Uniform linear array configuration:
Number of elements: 16
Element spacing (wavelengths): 0.25
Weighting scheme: exponential
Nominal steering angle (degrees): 30
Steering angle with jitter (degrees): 31.057
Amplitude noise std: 0.05
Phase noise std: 0.05

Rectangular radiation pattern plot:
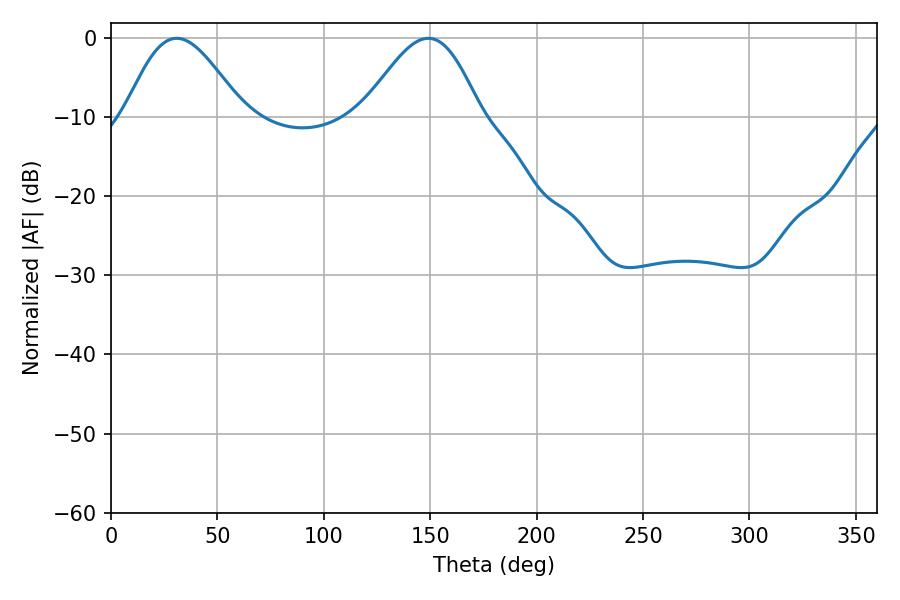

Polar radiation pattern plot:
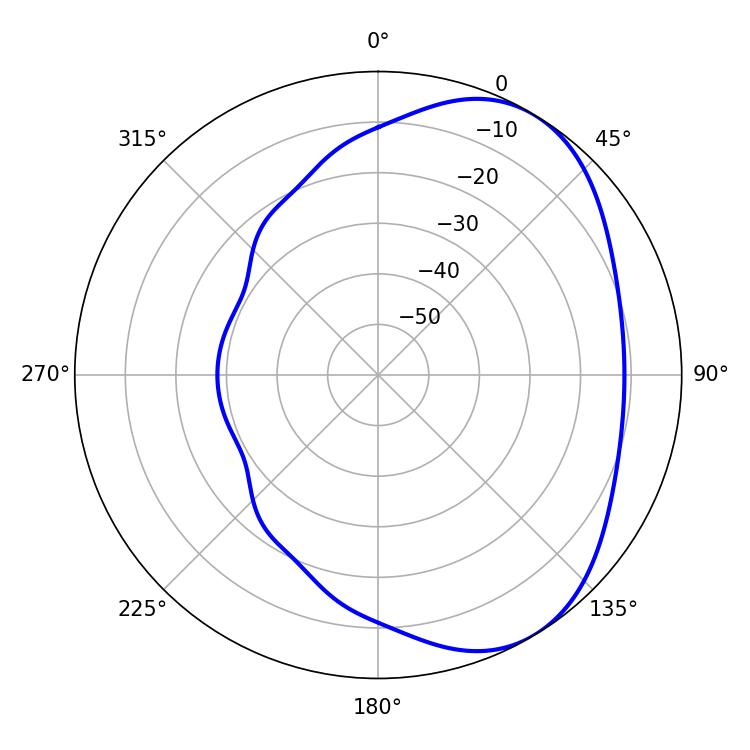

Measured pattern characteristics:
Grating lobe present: FALSE
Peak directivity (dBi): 4.767
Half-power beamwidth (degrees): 29.34
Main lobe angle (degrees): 30.96